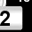
Digit: 2